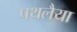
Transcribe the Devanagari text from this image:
पथलैया